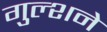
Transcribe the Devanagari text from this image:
गुल्शने